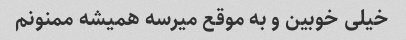
خیلی خوبین و به موقع میرسه همیشه ممنونم